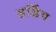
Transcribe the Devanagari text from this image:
हर्डिंग